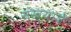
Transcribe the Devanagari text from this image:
संख्यायेँ